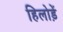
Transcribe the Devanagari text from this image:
हिलोड़ें